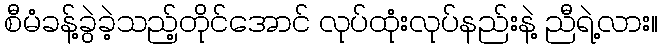
စီမံခန့်ခွဲခဲ့သည့်တိုင်အောင် လုပ်ထုံးလုပ်နည်းနဲ့ ညီရဲ့လား။